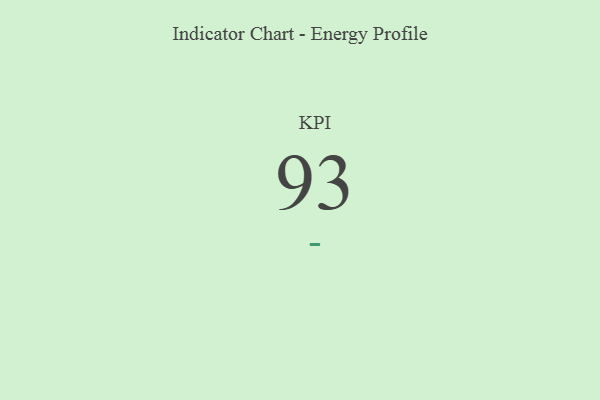
{"axis": {"x": "KPI", "y": "Value"}, "legend": [""], "data": [{"x": "KPI", "y": 93, "type": ""}]}